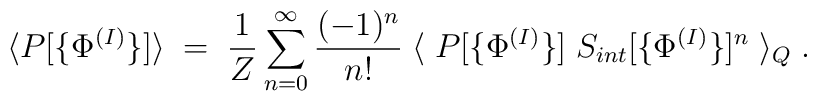
\langle P[\{\Phi^{(I)}\}] \rangle \;  =  \; \frac{1}{Z} \sum_{n=0}^\infty \frac{(-1)^n}{n!}\; \langle \; P[\{\Phi^{(I)}\}] \; S_{int}[ \{\Phi^{(I)}\}]^n\; \rangle_Q \; .